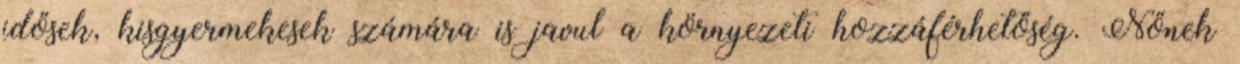
idősek, kisgyermekesek számára is javul a környezeti hozzáférhetőség. Nőnek